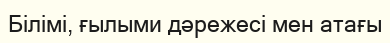
Білімі, ғылыми дәрежесі мен атағы